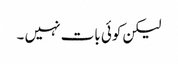
لیکن کوئی بات نہیں ۔